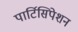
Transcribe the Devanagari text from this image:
पार्टिसिपेशन